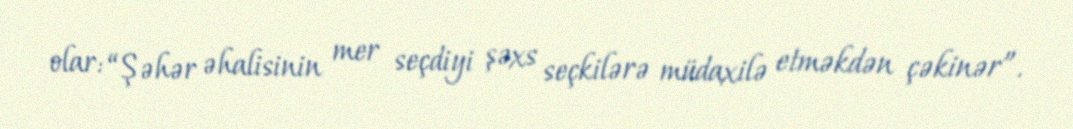
olar: “Şəhər əhalisinin mer seçdiyi şəxs seçkilərə müdaxilə etməkdən çəkinər”.